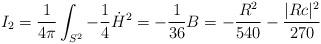
LaTeX: \begin{align*}I_2 = \frac{1}{4\pi}\int_{S^2} -\frac{1}{4} \dot H^2 = -\frac{1}{36}B = -\frac{R^2}{540} - \frac{|Rc|^2}{270}\end{align*}